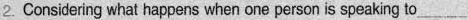
2.Considering what happens when one person is speaking to _